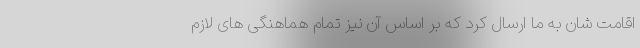
اقامت شان به ما ارسال کرد که بر اساس آن نیز تمام هماهنگی های لازم